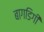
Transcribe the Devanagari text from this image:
बागडिगी